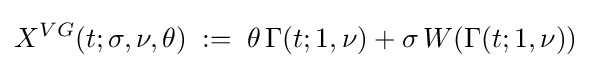
X^{VG}(t;\sigma ,\nu ,\theta )\;:=\;\theta \,\Gamma (t;1,\nu )+\sigma \,W(\Gamma (t;1,\nu ))